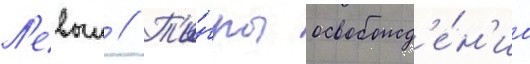
Л'евыи // Т'и́гры освобожд'е́н'иа